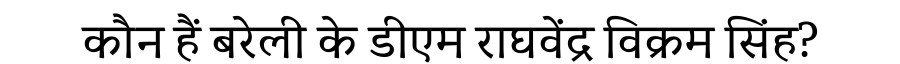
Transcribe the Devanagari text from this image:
कौन हैं बरेली के डीएम राघवेंद्र विक्रम सिंह?